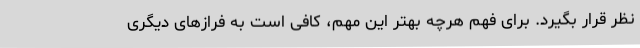
نظر قرار بگیرد. برای فهم هرچه بهتر این مهم، کافی است به فرازهای دیگری